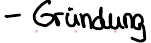
- Gründung